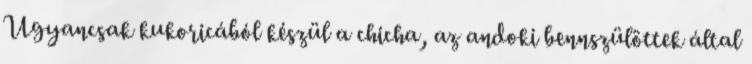
Ugyancsak kukoricából készül a chicha, az andoki bennszülöttek által